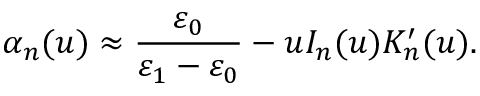
\alpha _ { n } ( u ) \approx \frac { \varepsilon _ { 0 } } { \varepsilon _ { 1 } - \varepsilon _ { 0 } } - u I _ { n } ( u ) K _ { n } ^ { \prime } ( u ) .